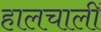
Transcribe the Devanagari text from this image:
हालचालीं